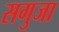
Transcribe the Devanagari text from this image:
सगुजा